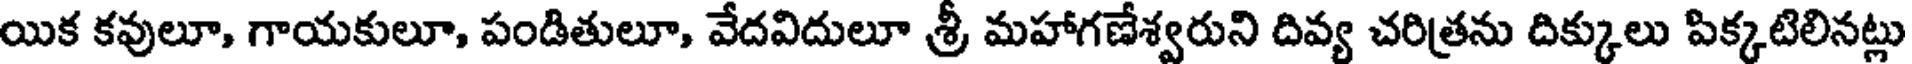
యిక కవులూ, గాయకులూ, పండితులూ, వేదవిదులూ శ్రీ మహాగణేశ్వరుని దివ్య చరిత్రను దిక్కులు పిక్కటిలినట్లు